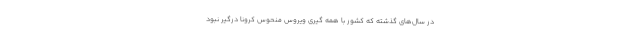
در سال‌های گذشته که کشور با همه گیری ویروس منحوس کرونا درگیر نبود